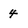
Character: 4